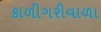
કાળીગરીવાળા